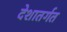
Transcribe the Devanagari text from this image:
देशातर्गत